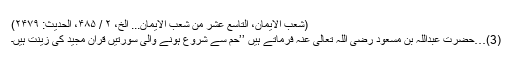
(شعب الایمان، التاسع عشر من شعب الایمان... الخ، ۲ / ۴۸۵، الحدیث: ۲۴۷۹)
(3)…حضرت عبداللہ بن مسعود رَضِیَ اللہ تَعَالٰی عَنْہُ فرماتے ہیں ’’حٰمٓ سے شروع ہونے والی سورتیں قرآنِ مجید کی زینت ہیں۔